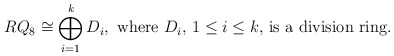
\begin{align*} RQ_8 \cong \bigoplus_{i=1}^{k}D_i, \textup{ where $D_i$, $1\leq i\leq k$, is a division ring.}\end{align*}